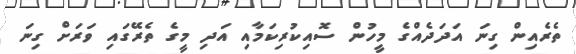
ތެރެއިން ގިނަ އަދަދެއްގެ މީހުން ސޮއިކުރިކަމާއި އަދި މީގެ ތެރޭގައި ވަރަށް ގިނަ